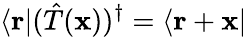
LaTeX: \langle\mathbf{r}|({\hat{T}}(\mathbf{x}))^{\dagger}=\langle\mathbf{r}+\mathbf{x}|